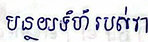
បន្ថយទំហំរបស់វា